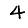
Digit: 4